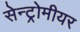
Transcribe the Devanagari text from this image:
सेन्ट्रोमीयर